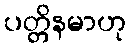
ပတ္တိနမာဟု